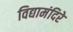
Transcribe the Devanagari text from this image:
विद्यामंदिरे